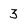
Character: 3